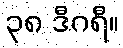
၃၈ ဒီဂရီ။